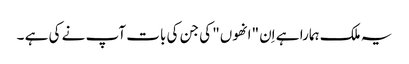
یہ ملک ہمارا ہے اِن "انھوں" کی جن کی بات آپ نے کی ہے ۔